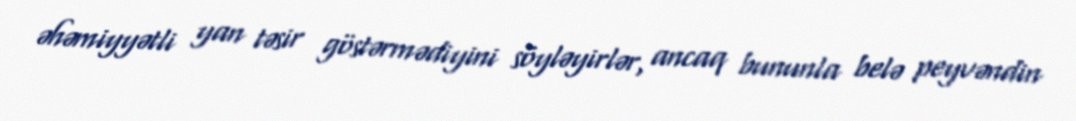
əhəmiyyətli yan təsir göstərmədiyini söyləyirlər, ancaq bununla belə peyvəndin